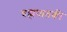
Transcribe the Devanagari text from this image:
ब्रह्मघातकी